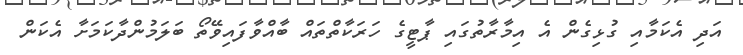
އަދި އެކަމާއި ގުޅިގެން އެ އިމާރާތުގައި ޕާޓީގެ ހަރަކާތްތައް ބާއްވާފައިވޭތޯ ބަލަމުންދާކަމަށާ އެކަން